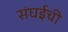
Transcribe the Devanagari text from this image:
संघईची